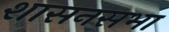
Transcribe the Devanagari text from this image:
शासनसभा